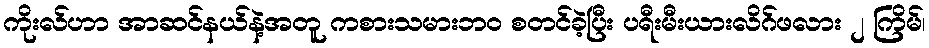
ကိုးလ်ဟာ အာဆင်နယ်နဲ့အတူ ကစားသမားဘဝ စတင်ခဲ့ပြီး ပရီးမီးယားလိဂ်ဖလား ၂ ကြိမ်၊